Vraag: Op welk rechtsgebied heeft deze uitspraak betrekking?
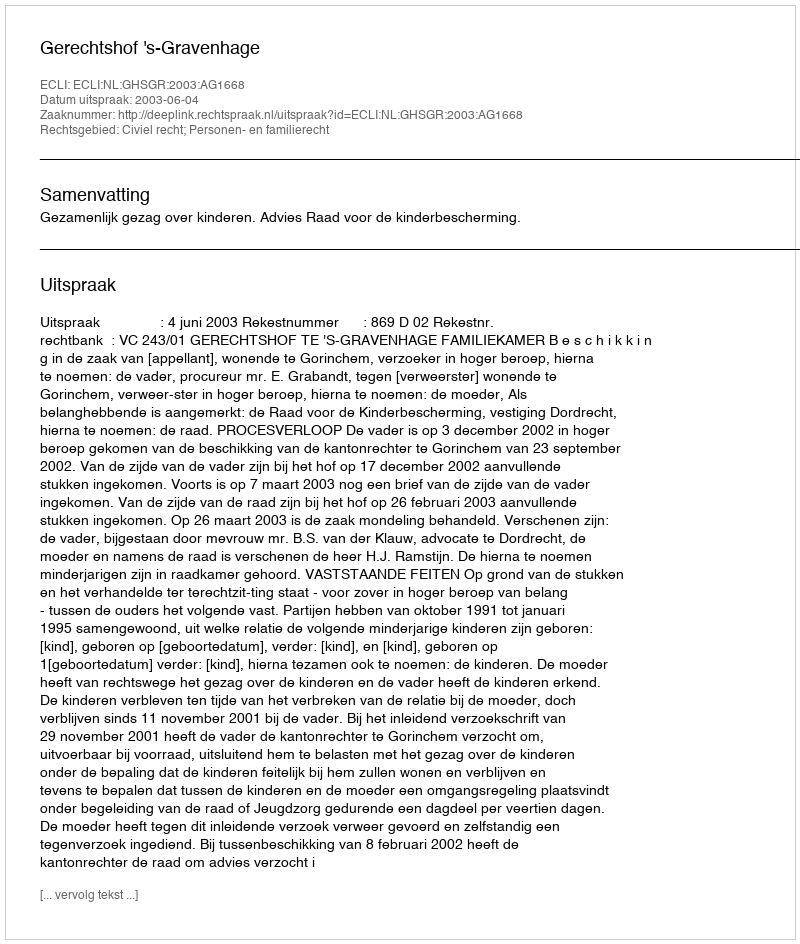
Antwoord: Civiel recht; Personen- en familierecht